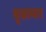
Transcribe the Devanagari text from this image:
बृजामार